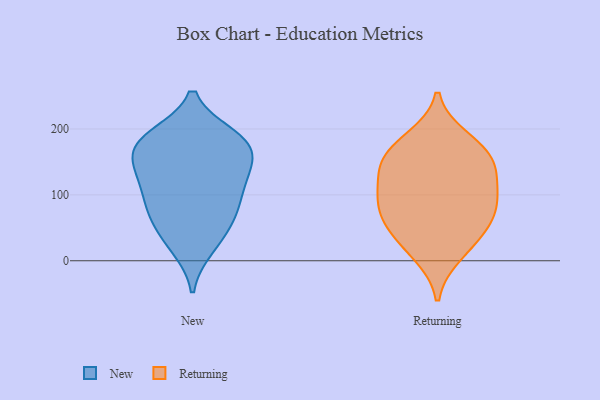
{"axis": {"x": "Latency (ms)", "y": "Value"}, "legend": ["New", "Returning"], "data": [{"x": "", "y": 20, "type": "New"}, {"x": "", "y": 116, "type": "New"}, {"x": "", "y": 184, "type": "New"}, {"x": "", "y": 68, "type": "New"}, {"x": "", "y": 186, "type": "New"}, {"x": "", "y": 62, "type": "New"}, {"x": "", "y": 107, "type": "New"}, {"x": "", "y": 130, "type": "New"}, {"x": "", "y": 156, "type": "New"}, {"x": "", "y": 174, "type": "New"}, {"x": "", "y": 189, "type": "New"}, {"x": "", "y": 154, "type": "New"}, {"x": "", "y": 90, "type": "New"}, {"x": "", "y": 69, "type": "New"}, {"x": "", "y": 28, "type": "New"}, {"x": "", "y": 135, "type": "New"}, {"x": "", "y": 181, "type": "New"}, {"x": "", "y": 95, "type": "Returning"}, {"x": "", "y": 150, "type": "Returning"}, {"x": "", "y": 120, "type": "Returning"}, {"x": "", "y": 57, "type": "Returning"}, {"x": "", "y": 135, "type": "Returning"}, {"x": "", "y": 185, "type": "Returning"}, {"x": "", "y": 56, "type": "Returning"}, {"x": "", "y": 86, "type": "Returning"}, {"x": "", "y": 29, "type": "Returning"}, {"x": "", "y": 169, "type": "Returning"}, {"x": "", "y": 85, "type": "Returning"}, {"x": "", "y": 158, "type": "Returning"}, {"x": "", "y": 10, "type": "Returning"}]}